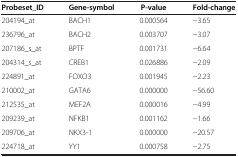
| Probeset_ID | Gene-symbol | P-value | Fold-change |
 | --- | --- | --- | --- |
 | 204194_at | BACH1 | 0.000564 | -3.65 |
 | 236796_at | BACH2 | 0.003707 | -3.07 |
 | 207186_s_at | BPTF | 0.001731 | -6.64 |
 | 204314_s_at | CREB1 | 0.026886 | -2.09 |
 | 224891_at | FOXO3 | 0.001945 | -2.23 |
 | 210002_at | GATA6 | 0.000000 | -56.60 |
 | 212535_at | MEF2A | 0.000016 | -4.99 |
 | 209239_at | NFKB1 | 0.001162 | -1.66 |
 | 209706_at | NKX3-1 | 0.000000 | -20.57 |
 | 224718_at | YY1 | 0.000758 | -2.75 |